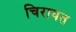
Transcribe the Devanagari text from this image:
चिरायत